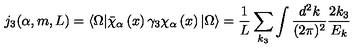
j _ { 3 } ( \alpha , m , L ) = \langle \Omega | \bar { \chi } _ { \alpha } \left( x \right) \gamma _ { 3 } \chi _ { \alpha } \left( x \right) | \Omega \rangle = \frac { 1 } { L } \sum _ { k _ { 3 } } \int \frac { d ^ { 2 } k } { ( 2 \pi ) ^ { 2 } } \frac { 2 k _ { 3 } } { E _ { k } }